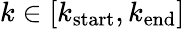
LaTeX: k\in[k_{\mathrm{start}},k_{\mathrm{end}}]